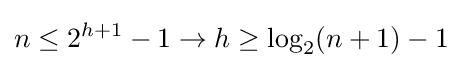
n\leq 2^{h+1}-1\to h\geq \log _{2}(n+1)-1